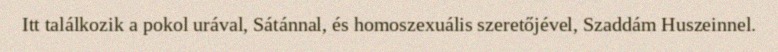
Itt találkozik a pokol urával, Sátánnal, és homoszexuális szeretőjével, Szaddám Huszeinnel.